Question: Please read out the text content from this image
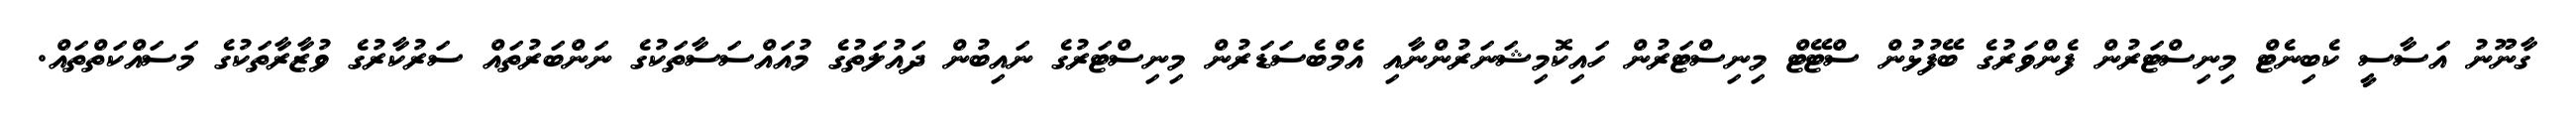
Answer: ގާނޫނު އަސާސީ ކެބިނެޓް މިނިސްޓަރުން ފެންވަރުގެ ބޭފުޅުން ސްޓޭޓް މިނިސްޓަރުން ހައިކޮމިޝަނަރުންނާއި އެމްބެސަޑަރުން މިނިސްޓަރުގެ ނައިބުން ދައުލަތުގެ މުއައްސަސާތަކުގެ ނަންބަރުތައް ސަރުކާރުގެ ވުޒާރާތަކުގެ މަސައްކަތްތައް.